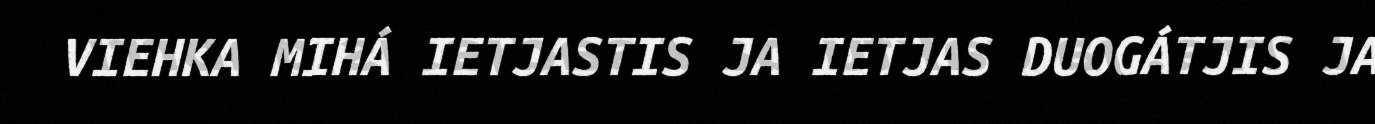
VIEHKA MIHÁ IETJASTIS JA IETJAS DUOGÁTJIS JA